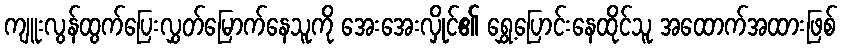
ကျူးလွန်ထွက်ပြေးလွှတ်မြောက်နေသူကို အေးအေးလှိုင်၏ ရွှေ့ပြောင်းနေထိုင်သူ အထောက်အထားဖြစ်